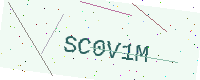
Text: SC0V1M